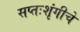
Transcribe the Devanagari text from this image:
सप्तःशृंगीचे